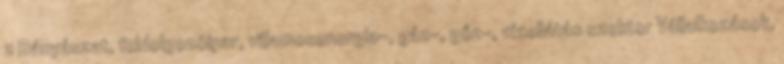
z Bányászat, feldolgozóipar, villamosenergia-, gáz-, gőz-, vízellátás szektor Vállalkozások,